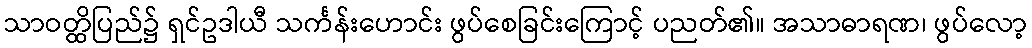
သာဝတ္ထိပြည်၌ ရှင်ဥဒါယီ သင်္ကန်းဟောင်း ဖွပ်စေခြင်းကြောင့် ပညတ်၏။ အသာဓာရဏ၊ ဖွပ်လော့